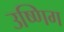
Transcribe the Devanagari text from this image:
उष्णिग